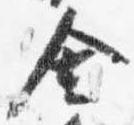
舎